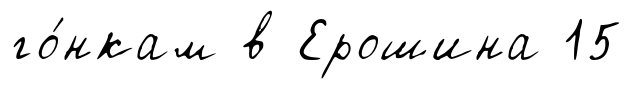
го́нкам в Ерошина 15